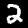
Digit: 2